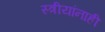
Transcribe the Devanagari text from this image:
स्त्रीयांनाही